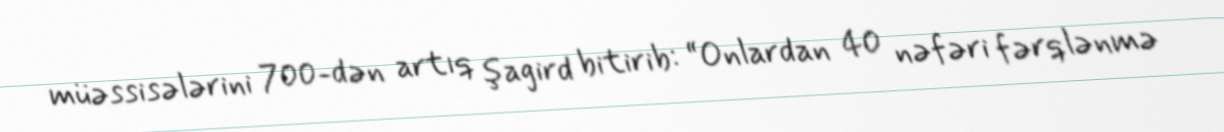
müəssisələrini 700-dən artıq şagird bitirib: “Onlardan 40 nəfəri fərqlənmə